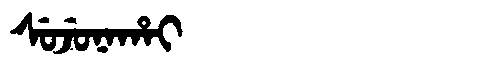
Manchu: ᠰᡠᠵᡠᠨᠠᡥᠠᡳ
Romanization: SUJUNAHAI